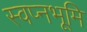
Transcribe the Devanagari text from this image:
स्वप्नभूमि